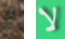
و لا